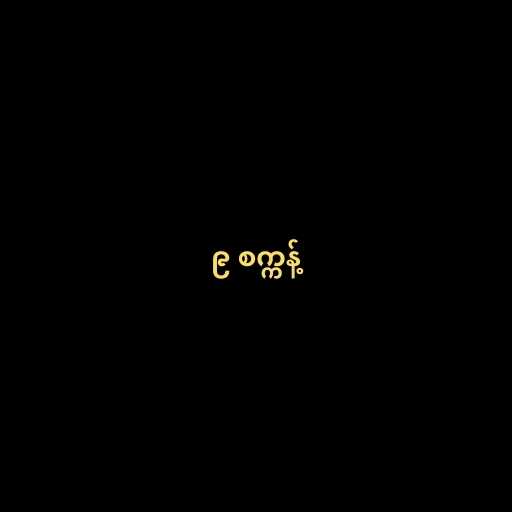
၉ စက္ကန့်